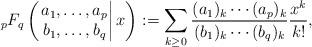
LaTeX: \begin{align*}{}_pF_q\left(\left.\begin{matrix}a_1,\dots,a_p\\ b_1,\dots,b_q\end{matrix}\right|x\right):=\sum_{k\ge0}\frac{(a_1)_k\dotsm(a_p)_k}{(b_1)_k\dotsm(b_q)_k}\frac{x^k}{k!},\end{align*}